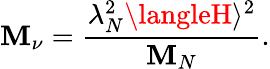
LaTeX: \mathbf{M}_{\nu}=\frac{{\lambda_{N}^{2}\langleH\rangle^{2}}}{{\mathbf{M}_{N}}}.